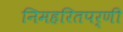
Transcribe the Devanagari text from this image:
निमहरितपर्णी